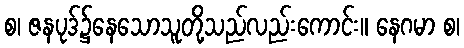
စ၊ ဇနပုဒ်၌နေသောသူတို့သည်လည်းကောင်း။ နေဂမာ စ၊